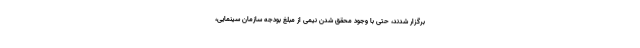
برگزار شدند، حتی با وجود محقق شدن نیمی از مبلغ بودجه سازمان سینمایی،